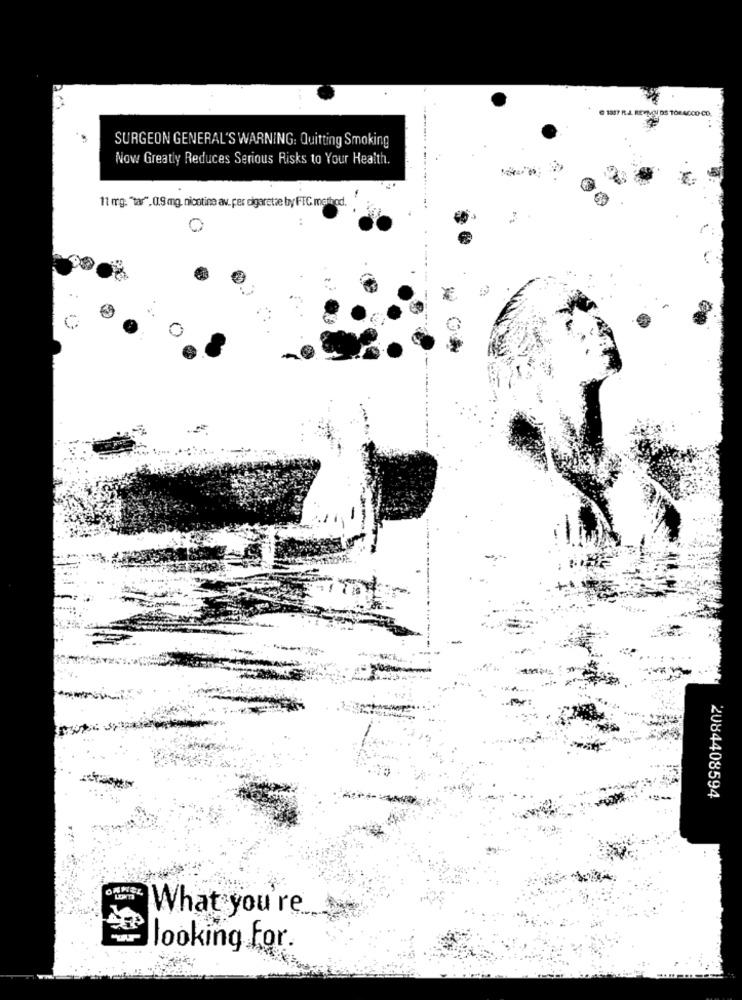
SURGEON GENERAL'S WARNING: Quitting Smoking
Nowy Greatly Reduces Serious Risks to Your Health.
11 mg. "tar".0.9 mg. nicotine av. per cigaretze by FTC method.
..
2084408594
ORNEL
What you're
looking For